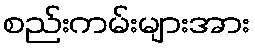
စည်းကမ်းများအား